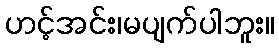
ဟင့်အင်း၊မပျက်ပါဘူး။